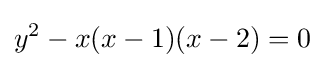
y^{2}-x(x-1)(x-2)=0